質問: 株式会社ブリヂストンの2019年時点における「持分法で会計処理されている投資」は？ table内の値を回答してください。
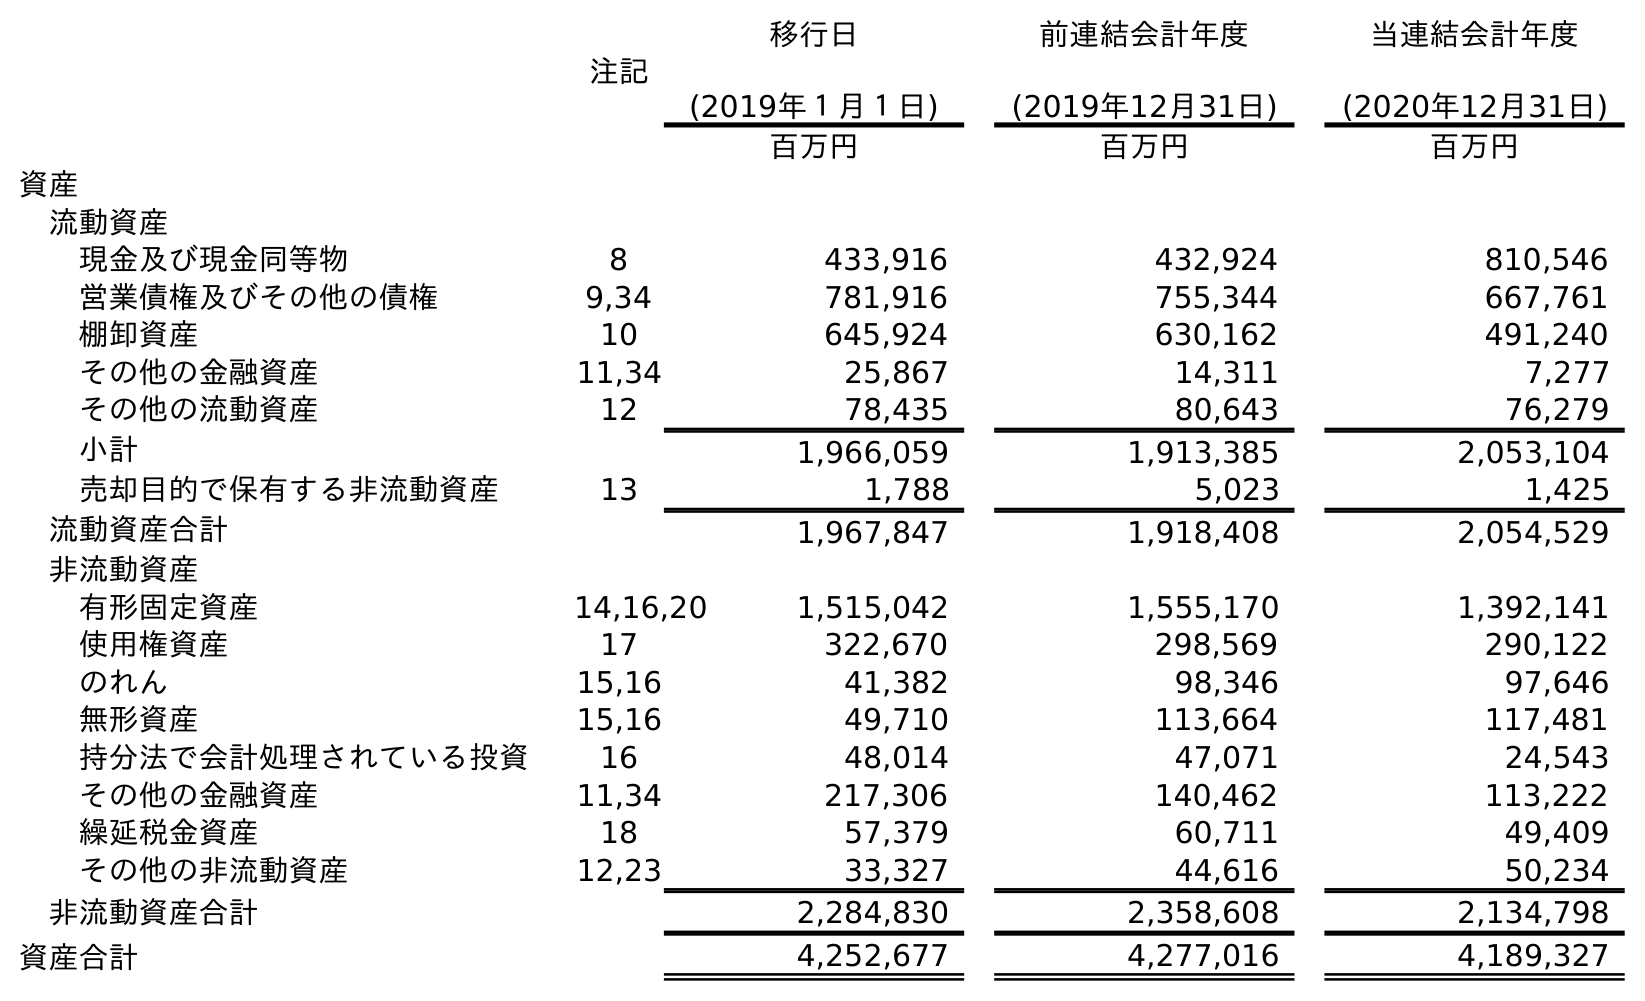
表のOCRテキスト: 注記 移行日 (2019年１月１日) 前連結会計年度 (2019年12月31日) 当連結会計年度 (2020年12月31日) 百万円 百万円 百万円 資産 流動資産 現金及び現金同等物 8 433,916 432,924 810,546 営業債権及びその他の債権 9,34 781,916 755,344 667,761 棚卸資産 10 645,924 630,162 491,240 その他の金融資産 11,34 25,867 14,311 7,277 その他の流動資産 12 78,435 80,643 76,279 小計 1,966,059 1,913,385 2,053,104 売却目的で保有する非流動資産 13 1,788 5,023 1,425 流動資産合計 1,967,847 1,918,408 2,054,529 非流動資産 有形固定資産 14,16,20 1,515,042 1,555,170 1,392,141 使用権資産 17 322,670 298,569 290,122 のれん 15,16 41,382 98,346 97,646 無形資産 15,16 49,710 113,664 117,481 持分法で会計処理されている投資 16 48,014 47,071 24,543 その他の金融資産 11,34 217,306 140,462 113,222 繰延税金資産 18 57,379 60,711 49,409 その他の非流動資産 12,23 33,327 44,616 50,234 非流動資産合計 2,284,830 2,358,608 2,134,798 資産合計 4,252,677 4,277,016 4,189,327
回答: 47,071